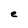
Character: e